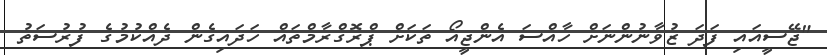
"ޖޭސީއައި ފަދަ ޒުވާނުންނަށް ހާއްސަ އެންޖީއޯ ތަކަށް ޕްރޮގްރާމްތައް ހަދައިގެން ދެއްކުމުގެ ފުރުސަތު